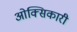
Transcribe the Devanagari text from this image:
ओक्सिकारी